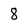
Character: 8